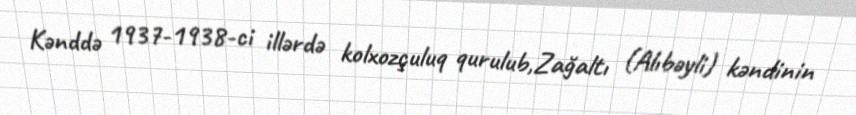
Kənddə 1937-1938-ci illərdə kolxozçuluq qurulub,Zağaltı (Alıbəyli) kəndinin